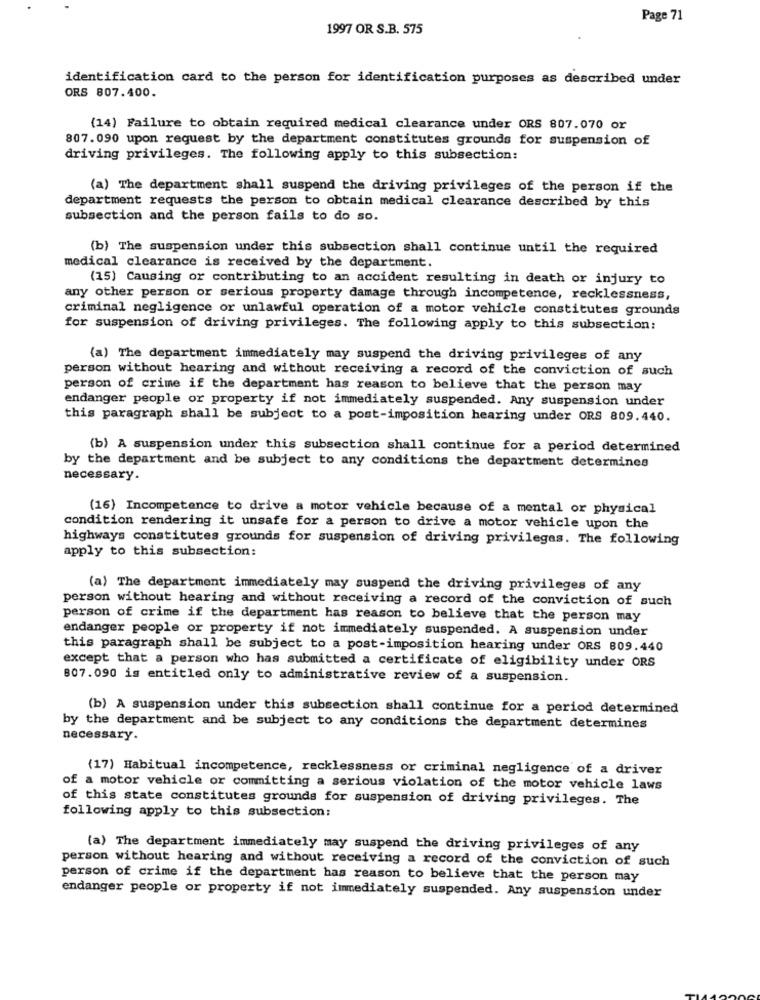
Page 71
1997 OR S.B. 575
identification card to the person for identification purposes as described under
ORS 807.400.
(14) Failure to obtain required medical clearance under ORS 807.070 or
807.090 upon request by the department constitutes grounds for suspension of
driving privileges. The following apply to this subsection:
(a) The department shall suspend the driving privileges of the person if the
department requests the person to obtain medical clearance described by this
subsection and the person fails to do so.
(b) The suspension under this subsection shall continue until the required
medical clearance is received by the department.
(15) Causing or contributing to an accident resulting in death or injury to
any other person or serious property damage through incompetence, recklessness,
criminal negligence or unlawful operation of a motor vehicle constitutes grounds
for suspension of driving privileges. The following apply to this subsection:
(a) The department immediately may suspend the driving privileges of any
person without hearing and without receiving a record of the conviction of such
person of crime if the department has reason to believe that the person may
endanger people or property if not immediately suspended. Any suspension under
this paragraph shall be subject to a post-imposition hearing under ORS 809.440.
(b) A suspension under this subsection shall continue for a period determined
by the department and be subject to any conditions the department determines
necessary.
(16) Incompetence to drive a motor vehicle because of a mental or physical
condition rendering it unsafe for a person to drive a motor vehicle upon the
highways constitutes grounds for suspension of driving privileges. The following
apply to this subsection:
(a) The department immediately may suspend the driving privileges of any
person without hearing and without receiving a record of the conviction of such
person of crime if the department has reason to believe that the person may
endanger people or property if not immediately suspended. A suspension under
this paragraph shall be subject to a post-imposition hearing under ORS 809.440
except that a person who has submitted a certificate of eligibility under ORS
807.090 is entitled only to administrative review of a suspension.
(b) A suspension under this subsection shall continue for a period determined
by the department and be subject to any conditions the department determines
necessary.
(17) Habitual incompetence, recklessness or criminal negligence of a driver
of a motor vehicle or committing a serious violation of the motor vehicle laws
of this state constitutes grounds for suspension of driving privileges. The
following apply to this subsection:
(a) The department immediately may suspend the driving privileges of any
person without hearing and without receiving a record of the conviction of such
person of crime if the department has reason to believe that the person may
endanger people or property if not immediately suspended. Any suspension under